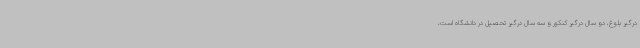
درگیر بلوغ، دو سال درگیر کنکور و سه سال درگیر تحصیل در دانشگاه است،